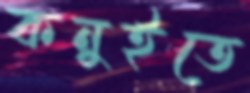
কনুইতে